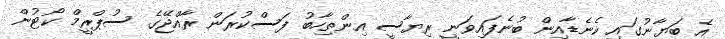
އެ ބަޔާނުގައި ކެނެޑާއިން ބުނެފައިވަނީ ރިޔާސީ އިންތިހާބު ފަސްކުރަން ރާއްޖޭގެ ސުޕްރީމް ކޯޓުން